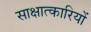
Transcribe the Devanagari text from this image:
साक्षात्कारियों